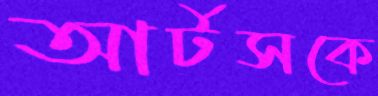
আর্টসকে